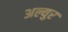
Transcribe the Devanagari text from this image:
अल्युर